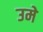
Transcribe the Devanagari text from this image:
उमे